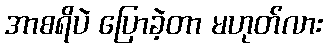
အာစရိပဲ ပြောခဲ့တာ မဟုတ်လား